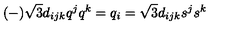
( - ) \sqrt 3 d _ { i j k } q ^ { j } q ^ { k } = q _ { i } = \sqrt 3 d _ { i j k } s ^ { j } s ^ { k }